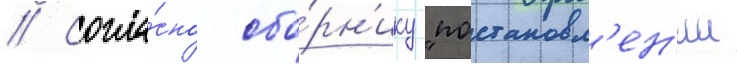
// Согла́сно сбо́рн'ику "постановл'ен'ии